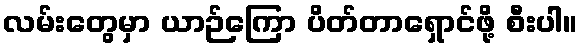
လမ်းတွေမှာ ယာဉ်ကြော ပိတ်တာရှောင်ဖို့ စီးပါ။